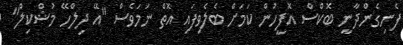
ފެނިގެންދާނީ ބޮކްސް އޮފީހުން ކަމަށް ބެލެވިފައި އޮތް ނަމަވެސް "އޭ ދިލްހޭ މުޝްކިލް"